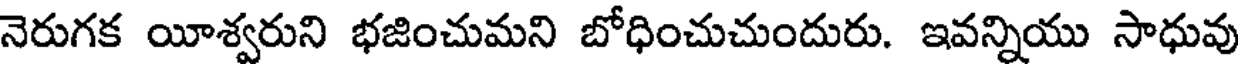
నెరుగక యీశ్వరుని భజించుమని బోధించుచుందురు. ఇవన్నియు సాధువు